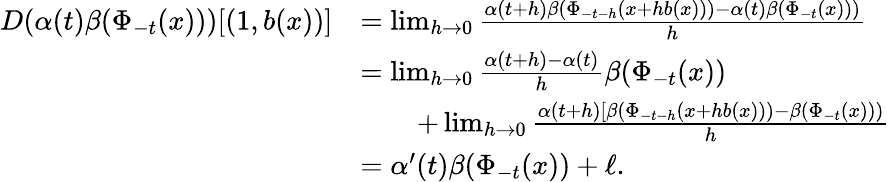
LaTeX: \begin{array}{rl}{D(\alpha(t)\beta(\Phi_{-t}(x)))[(1,b(x))]}&{=\operatorname*{lim}_{h\to 0}\frac{\alpha(t+h)\beta(\Phi_{-t-h}(x+hb(x)))-\alpha(t)\beta(\Phi_{-t}(x)))}{h}}\\ &{=\operatorname*{lim}_{h\to 0}\frac{\alpha(t+h)-\alpha(t)}{h}\beta(\Phi_{-t}(x))}\\ &{\qquad+\operatorname*{lim}_{h\to 0}\frac{\alpha(t+h)[\beta(\Phi_{-t-h}(x+hb(x)))-\beta(\Phi_{-t}(x)))}{h}}\\ &{=\alpha^{\prime}(t)\beta(\Phi_{-t}(x))+\ell.}\end{array}